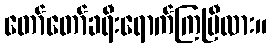
တော်တော်ခရီးရောက်ကြပြီလား။